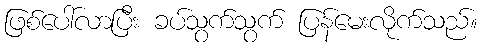
ဖြစ်ပေါ်လာပြီး ခပ်သွက်သွက် ပြန်မေးလိုက်သည်။